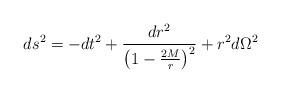
LaTeX: \begin{align*}ds^{2} = -dt^{2} + \frac{dr^{2}}{\left ( 1 - \frac{2M}{r} \right )^{2}}+ r^{2}d\Omega^{2}\end{align*}